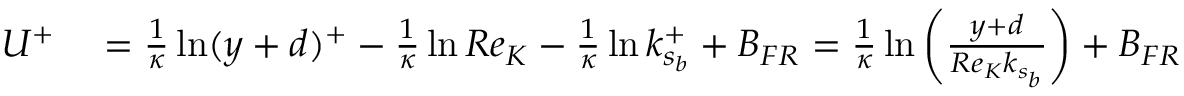
\begin{array} { r l } { U ^ { + } } & { { } = \frac { 1 } { \kappa } \ln ( y + d ) ^ { + } - \frac { 1 } { \kappa } \ln R e _ { K } - \frac { 1 } { \kappa } \ln k _ { s _ { b } } ^ { + } + B _ { F R } = \frac { 1 } { \kappa } \ln \left( \frac { y + d } { R e _ { K } k _ { s _ { b } } } \right) + B _ { F R } } \end{array}